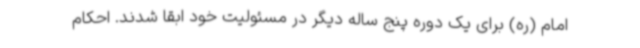
امام (ره) برای یک دوره پنج ساله دیگر در مسئولیت خود ابقا شدند. احکام